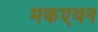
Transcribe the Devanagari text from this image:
मकएवन